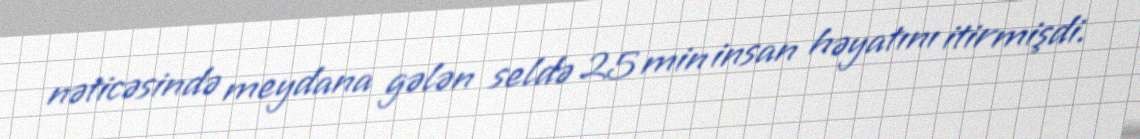
nəticəsində meydana gələn seldə 25 min insan həyatını itirmişdi.